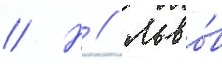
// Н // Льво́в